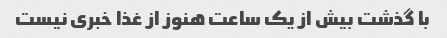
با گذشت بیش از یک ساعت هنوز از غذا خبری نیست